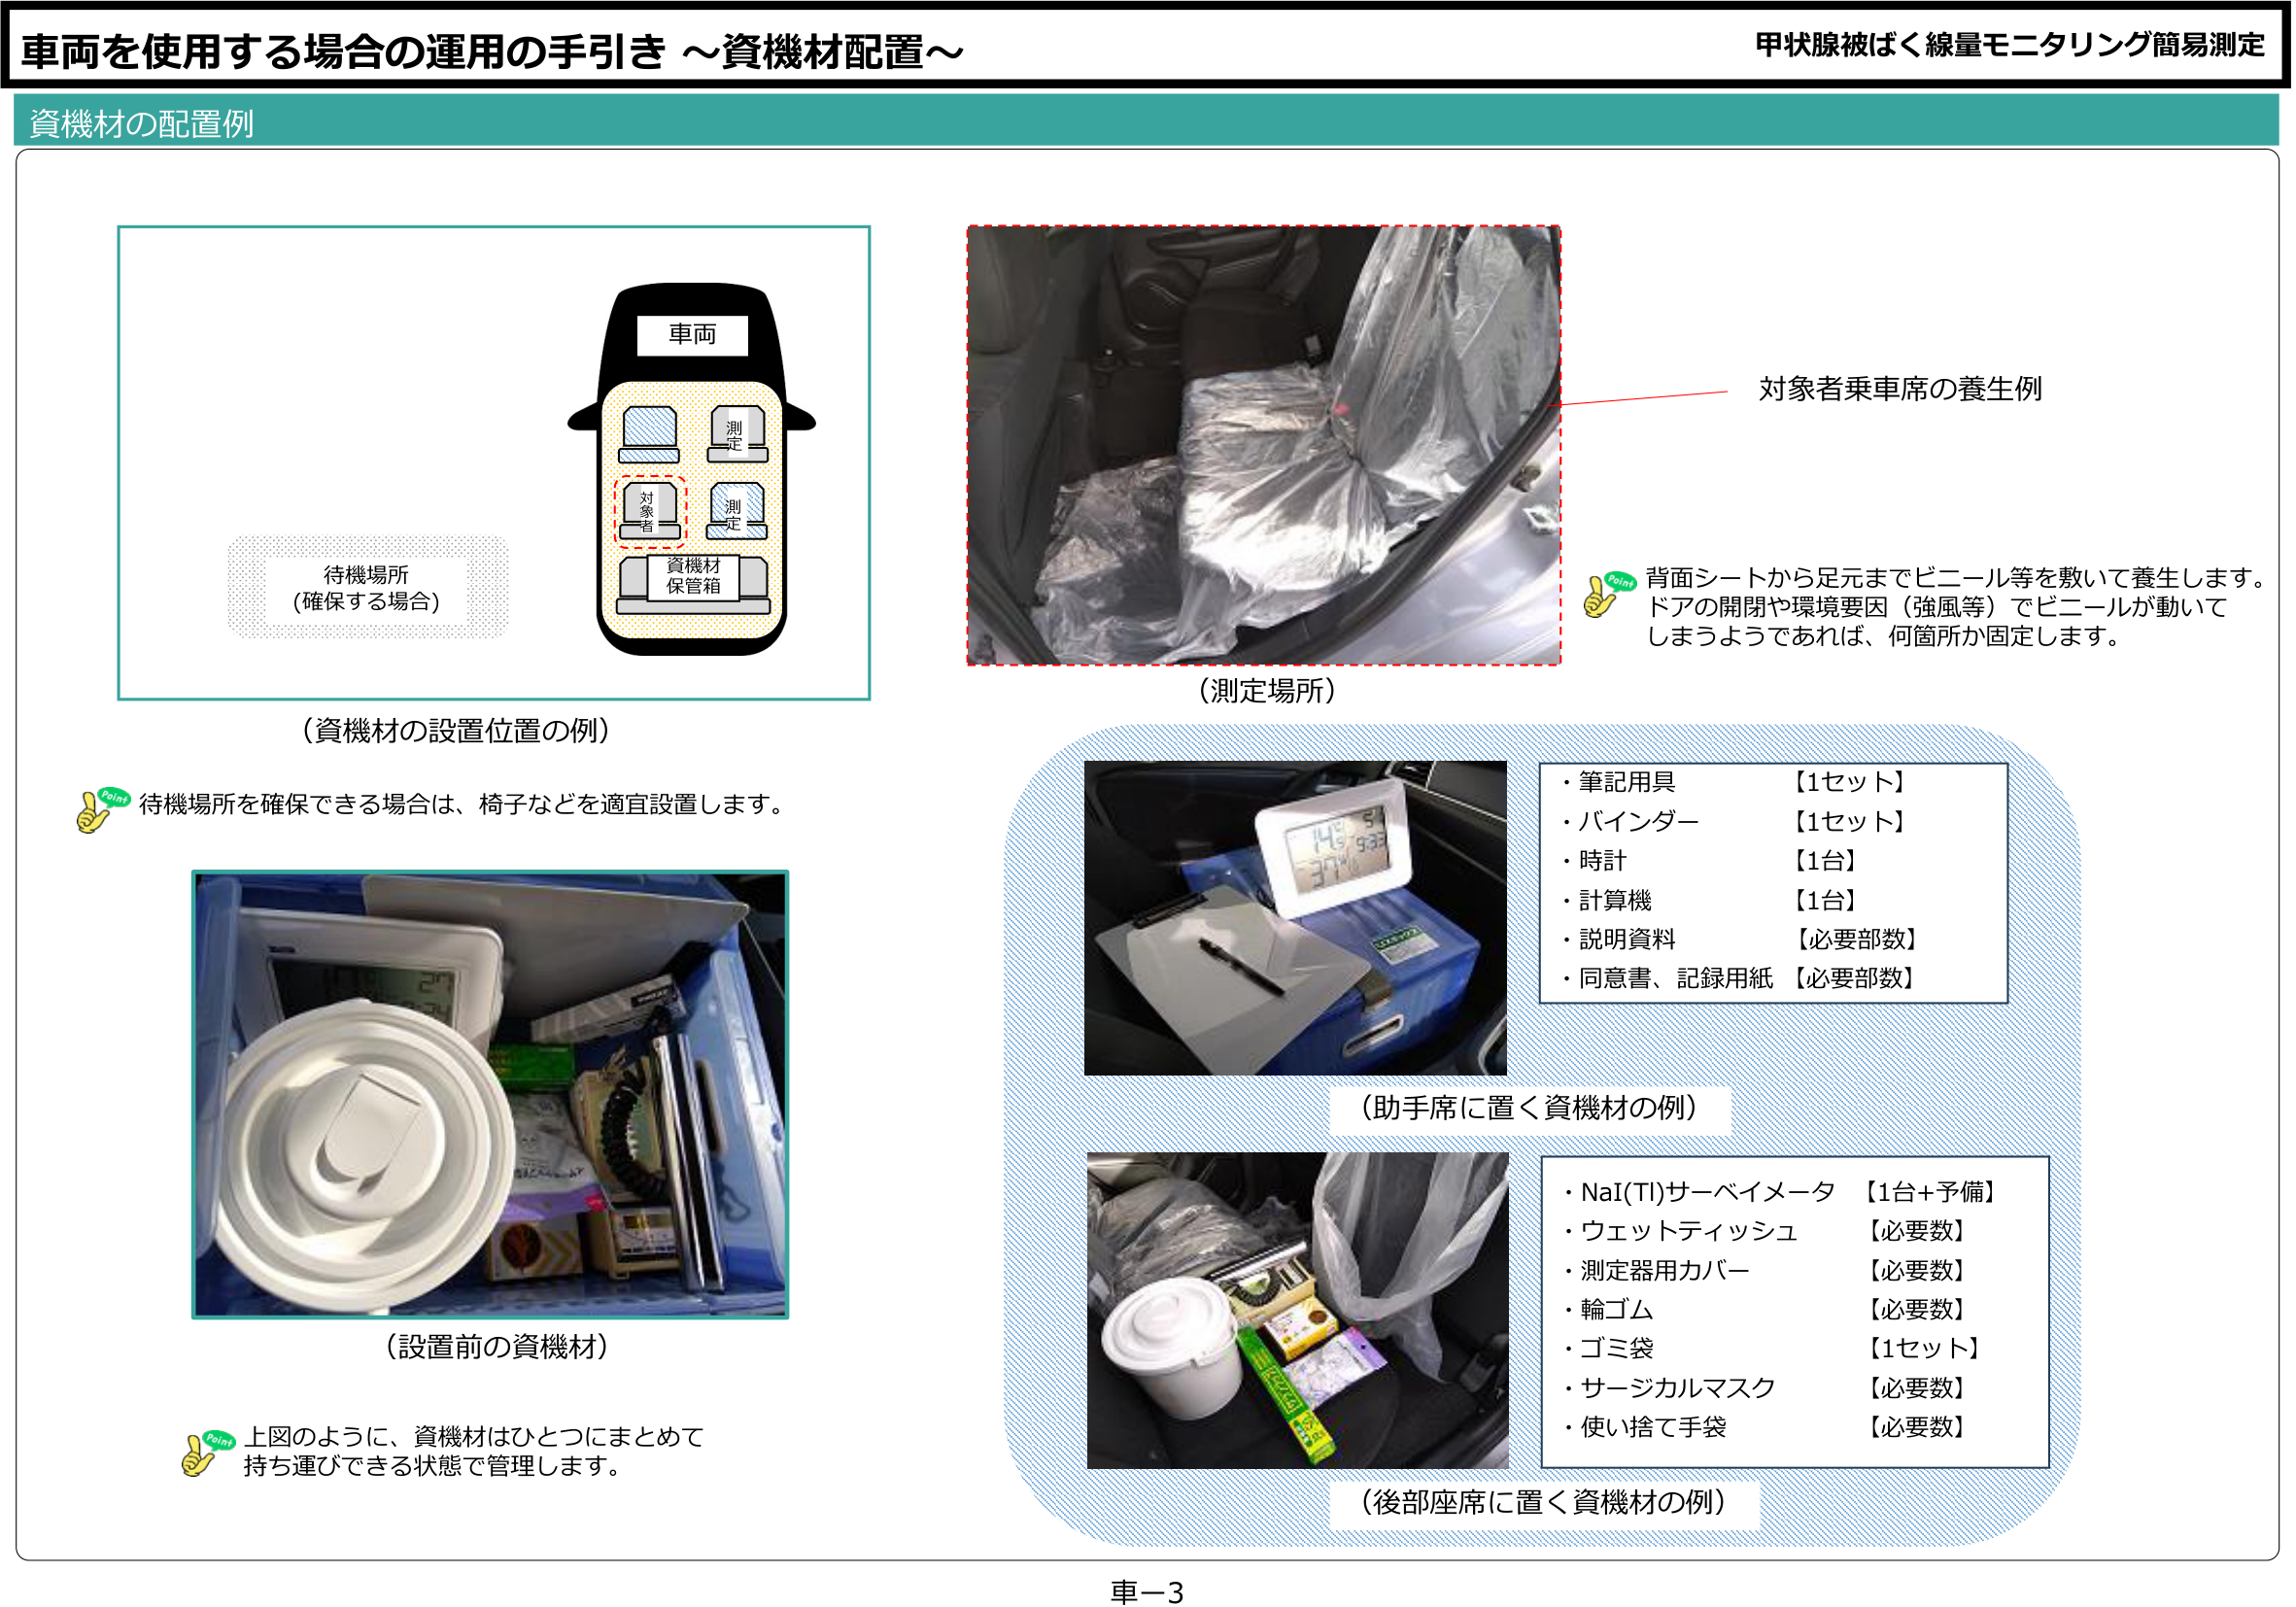
車両を使用する場合の運用の手引き ～資機材配置～

甲状腺被ばく線量モニタリング簡易測定

資機材の配置例

車両

待機場所
（確保する場合）

対象者
測定
測定
資機材
保管箱

（資機材の設置位置の例）

Point
待機場所を確保できる場合は、椅子などを適宜設置します。

（測定場所）

対象者乗車席の養生例

Point
背面シートから足元までビニール等を敷いて養生します。
ドアの開閉や環境要因（強風等）でビニールが動いて
しまうようであれば、何箇所か固定します。

（助手席に置く資機材の例）

・筆記用具 【1セット】
・バインダー 【1セット】
・時計 【1台】
・計算機 【1台】
・説明資料 【必要部数】
・同意書、記録用紙 【必要部数】

（後部座席に置く資機材の例）

・NaI(Tl)サーベイメータ 【1台+予備】
・ウェットティッシュ 【必要数】
・測定器用カバー 【必要数】
・輪ゴム 【必要数】
・ゴミ袋 【1セット】
・サージカルマスク 【必要数】
・使い捨て手袋 【必要数】

（設置前の資機材）

Point
上図のように、資機材はひとつにまとめて
持ち運びできる状態で管理します。

車－3